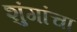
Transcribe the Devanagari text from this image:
शुंगांचा